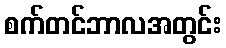
စက်တင်ဘာလအတွင်း